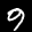
Label: 9